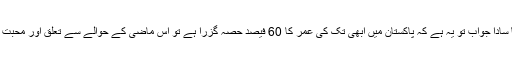
ایک سیدھا سادا جواب تو یہ ہے کہ پاکستان میں ابھی تک کی عمر کا 60 فیصد حصہ گزرا ہے تو اس ماضی کے حوالے سے تعلق اور محبت بالکل ہے۔